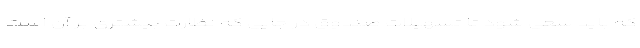
که باید سعی شود تا تسهیلات صندوق در جایی که نظارت بیشتری بر آن است